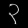
Digit: ၃